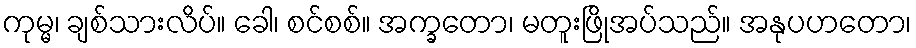
ကုမ္မ၊ ချစ်သားလိပ်။ ခေါ၊ စင်စစ်။ အက္ခတော၊ မတူးဖြိုအပ်သည်။ အနုပဟတော၊